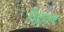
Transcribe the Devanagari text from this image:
विद्रावण